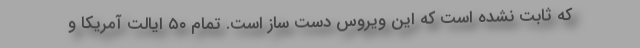
که ثابت نشده است که این ویروس دست ساز است. تمام ۵۰ ایالت آمریکا و